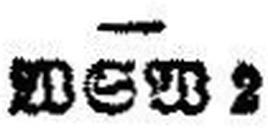
WSW 2